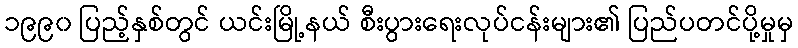
၁၉၉၀ ပြည့်နှစ်တွင် ယင်းမြို့နယ် စီးပွားရေးလုပ်ငန်းများ၏ ပြည်ပတင်ပို့မှုမှ